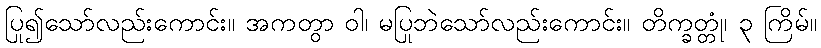
ပြု၍သော်လည်းကောင်း။ အကတွာ ဝါ၊ မပြုဘဲသော်လည်းကောင်း။ တိက္ခတ္တုံ၊ ၃ ကြိမ်။